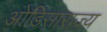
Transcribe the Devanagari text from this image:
ओडिसाराज्य